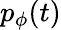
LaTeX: p_{\phi}(t)